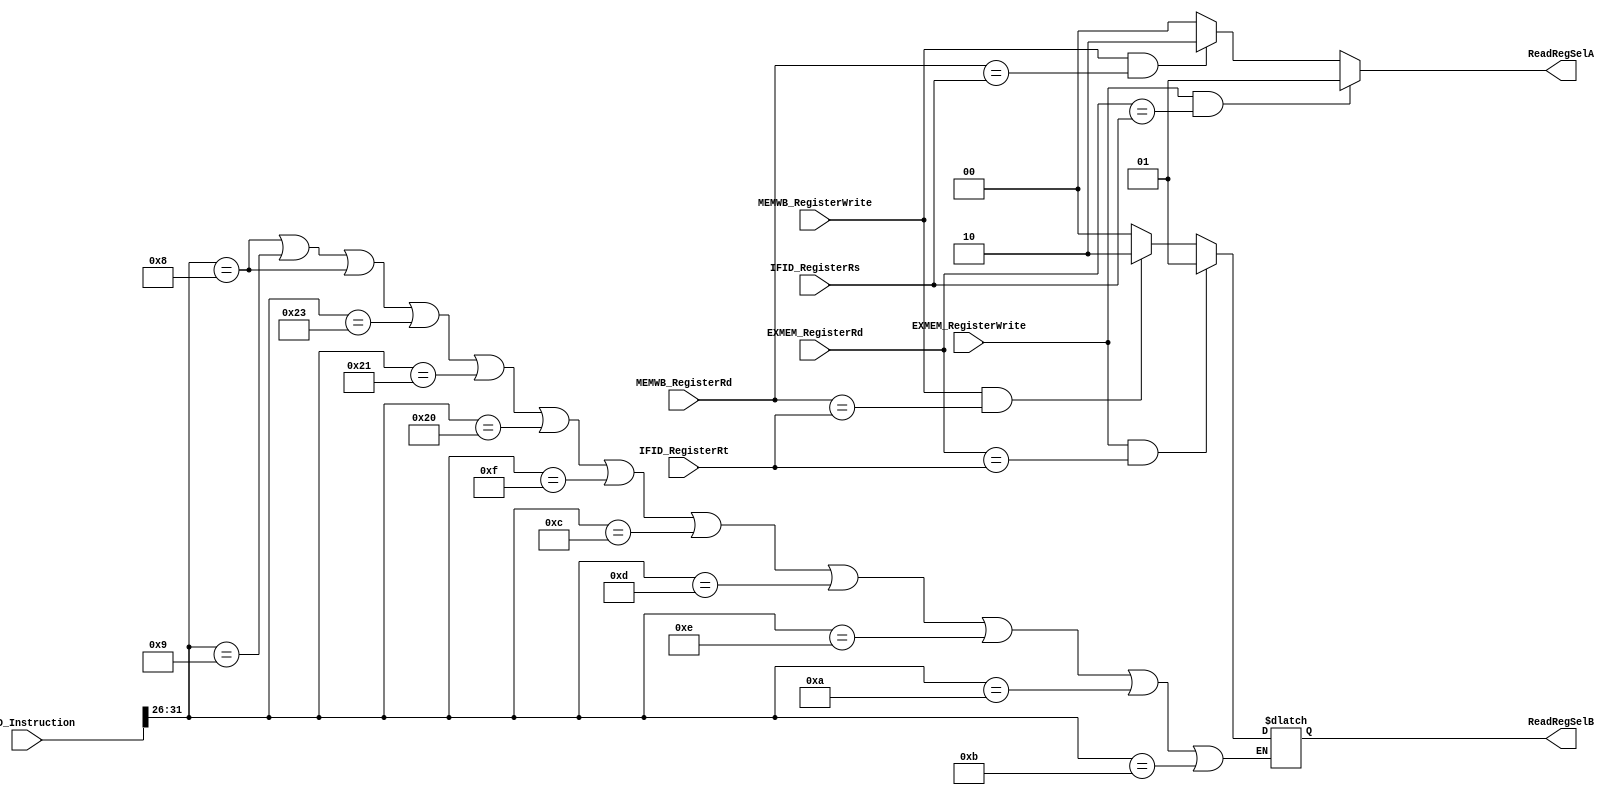
`timescale 1ns / 1ps
//////////////////////////////////////////////////////////////////////////////////
//////////////////////////////////////////////////////////////////////////////////

/* ForwardingID ForwardingID(.IFID_Instruction(IFID_Instruction), .IFID_RegisterRs(IFID_Instruction[25:21])
                   , .IFID_RegisterRt(IFID_Instruction[20:16]), .EXMEM_RegisterWrite(RegWriteOO), .EXMEM_RegisterRd(DSTOO)
                   , .MEMWB_RegisterWrite(RegWriteOOO), .MEMWB_RegisterRd(WRITEDST)
                   , .ReadRegSelA(ReadRegSelMuxA), .ReadRegSelB(ReadRegSelMuxB)); */
module ForwardingID(IFID_Instruction, IFID_RegisterRs
           , IFID_RegisterRt, EXMEM_RegisterWrite, EXMEM_RegisterRd, MEMWB_RegisterWrite, MEMWB_RegisterRd
           , ReadRegSelA, ReadRegSelB);
    
    input [31:0] IFID_Instruction;
    input [4:0]  IFID_RegisterRs, IFID_RegisterRt, EXMEM_RegisterRd, MEMWB_RegisterRd;
    input EXMEM_RegisterWrite, MEMWB_RegisterWrite;
    
    output reg [1:0] ReadRegSelA, ReadRegSelB;
    
    initial begin
        ReadRegSelA <= 0;
        ReadRegSelB <= 0;
    end
    ///beq
	//		6'b000100
    always @ (*) begin
    //  For I-Type instructions (At least those with Rt as return reg)
        if (IFID_Instruction[31:26] == 6'b001000 || IFID_Instruction[31:26] == 6'b001001 || IFID_Instruction[31:26] == 6'b001000 || IFID_Instruction[31:26] == 6'b100011 
        || IFID_Instruction[31:26] == 6'b100001 || IFID_Instruction[31:26] == 6'b100000 || IFID_Instruction[31:26] == 6'b001111 || IFID_Instruction[31:26] == 6'b001100
        || IFID_Instruction[31:26] == 6'b001101 || IFID_Instruction[31:26] == 6'b001110 || IFID_Instruction[31:26] == 6'b001010 || IFID_Instruction[31:26] == 6'b001011) begin
            if ((EXMEM_RegisterWrite == 1) && (EXMEM_RegisterRd == IFID_RegisterRs)) begin
             
                    ReadRegSelA = 1;
            end
            else if ((MEMWB_RegisterWrite == 1) && (MEMWB_RegisterRd == IFID_RegisterRs)) begin
                    
                    ReadRegSelA = 2;
            end
            else  begin
                    
                    ReadRegSelA = 0;
            end
        end
        
        else begin
            if ((EXMEM_RegisterWrite == 1) && (EXMEM_RegisterRd == IFID_RegisterRs)) begin
             
                    ReadRegSelA = 1;
            end
            else if ((MEMWB_RegisterWrite == 1) && (MEMWB_RegisterRd == IFID_RegisterRs)) begin
                    
                    ReadRegSelA = 2;
            end
            else  begin
                    
                    ReadRegSelA = 0;
            end
            if ((EXMEM_RegisterWrite == 1) && (EXMEM_RegisterRd == IFID_RegisterRt)) begin
            
                    ReadRegSelB = 1;
            end
            else if ((MEMWB_RegisterWrite == 1) && (MEMWB_RegisterRd == IFID_RegisterRt)) begin
                    
                    ReadRegSelB = 2;
            end
            else  begin
                    
                    ReadRegSelB = 0;
            end
        end
    end
endmodule